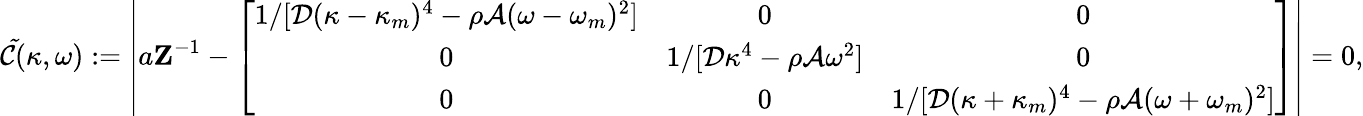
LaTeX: \mathcal{\tilde{C}}(\kappa,\omega):=\left|a\mathbf{Z}^{-1}-\left[\begin{array}{ccc}{1/[\mathcal{D}(\kappa-\kappa_{m})^{4}-\rho\mathcal{A}(\omega-\omega_{m})^{2}]}&{0}&{0}\\ {0}&{1/[\mathcal{D}\kappa^{4}-\rho\mathcal{A}\omega^{2}]}&{0}\\ {0}&{0}&{1/[\mathcal{D}(\kappa+\kappa_{m})^{4}-\rho\mathcal{A}(\omega+\omega_{m})^{2}]}\end{array}\right]\right|=0,